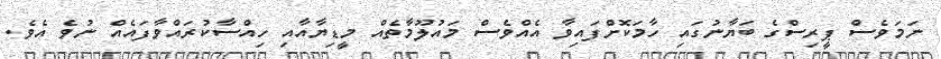
ނަމަވެސް ޕީރިސްގެ ބަޔާނުގައި ހާމަކޮށްފައިވާ އެއްވެސް މައުލޫމާތެއް މީޑިޔާއާއި ހިއްސާކުރައްވާފައެއް ނުވެ އެވެ.